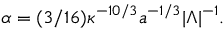
\alpha = ( 3 / 1 6 ) \kappa ^ { - 1 0 / 3 } a ^ { - 1 / 3 } | \Lambda | ^ { - 1 } .